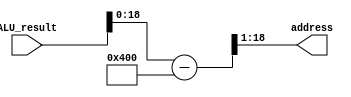
module SRAM_AddressMapping(
	input [31:0] ALU_result,
	output [17:0] address
);
	wire [31:0] address_base;

	assign address_base = (ALU_result - 1024);
	
	assign address = address_base[18:1];

endmodule